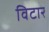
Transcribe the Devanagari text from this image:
विटार